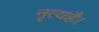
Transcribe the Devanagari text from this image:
नृत्यहै।